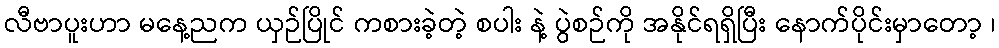
လီဗာပူးဟာ မနေ့ညက ယှဉ်ပြိုင် ကစားခဲ့တဲ့ စပါး နဲ့ ပွဲစဉ်ကို အနိုင်ရရှိပြီး နောက်ပိုင်းမှာတော့ ၊